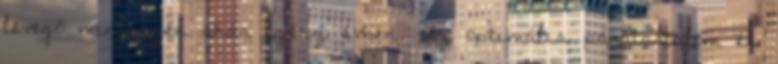
levegő minőségén akár egész évben. Az optimális páratartalom és